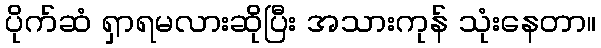
ပိုက်ဆံ ရှာရမလားဆိုပြီး အသားကုန် သုံးနေတာ။